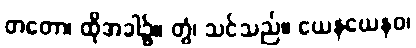
တတော၊ ထိုအခါ၌။ တွံ၊ သင်သည်။ ယေနယေနဝ၊